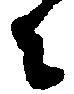
ニ